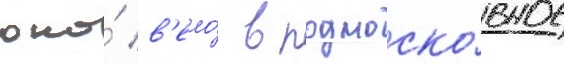
оно́ в'ело́ в подмоско́вное